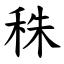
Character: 秼